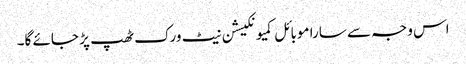
اس وجہ سے سارا موبائل کمیونکیشن نیٹ ورک ٹھپ پڑ جائے گا۔